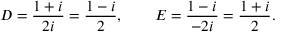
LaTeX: D = { \frac { 1 + i } { 2 i } } = { \frac { 1 - i } { 2 } } , \qquad E = { \frac { 1 - i } { - 2 i } } = { \frac { 1 + i } { 2 } } .